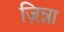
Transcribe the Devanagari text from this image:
ज़िन्ना